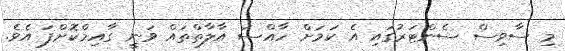
މި ސާވިސް ސެންޓަރުގައި އެ ކަމަށް ހާއްސަ އާލާތްތައް ވަނީ ގާއިމްކޮށްފަ އެވެ.